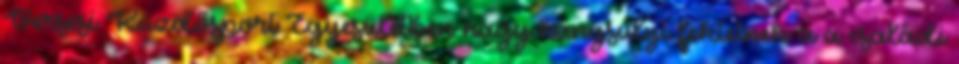
Versesi Küzdősport Egyesületben nagy hangsúlyt fektetnek a a családi